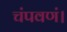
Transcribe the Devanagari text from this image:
चंपवणं।